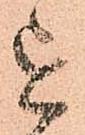
を